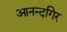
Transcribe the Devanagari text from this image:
आनन्दगिर